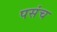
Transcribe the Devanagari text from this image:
पसंच